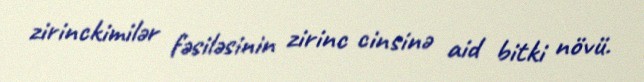
zirinckimilər fəsiləsinin zirinc cinsinə aid bitki növü.